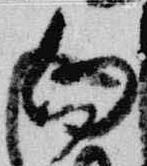
向